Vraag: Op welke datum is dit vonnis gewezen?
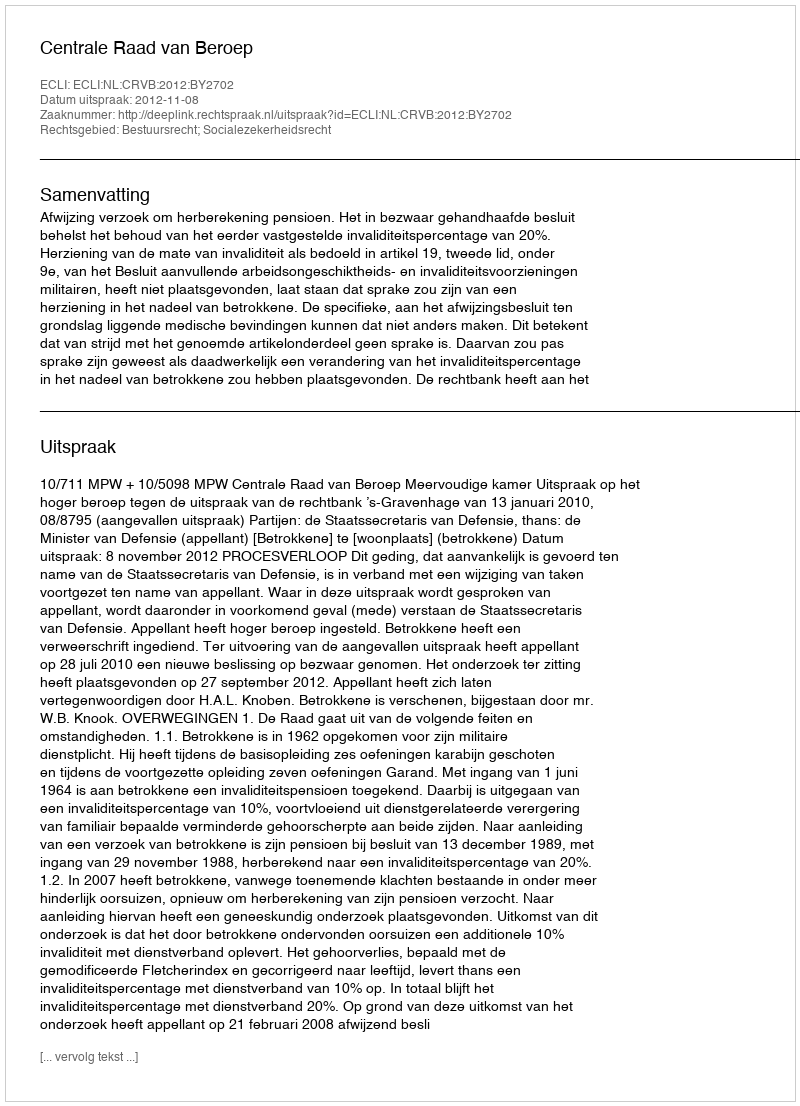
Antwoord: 2012-11-08